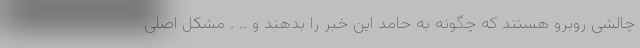
چالشی روبرو هستند که چگونه به حامد این خبر را بدهند و .. . مشکل اصلی